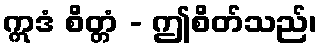
ဣဒံ စိတ္တံ - ဤစိတ်သည်၊